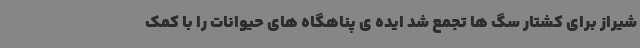
شیراز برای کشتار سگ ها تجمع شد ایده ی پناهگاه های حیوانات را با کمک